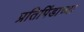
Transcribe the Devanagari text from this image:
प्रतिपिंडाच्या